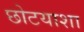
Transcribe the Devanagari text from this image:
छोटयाशा